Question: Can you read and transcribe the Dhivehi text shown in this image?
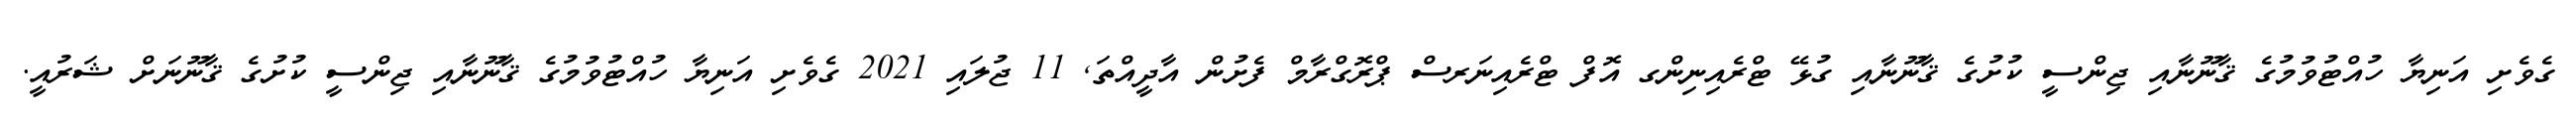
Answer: ގެވެށި އަނިޔާ ހުއްޓުވުމުގެ ޤާނޫނާއި ޖިންސީ ކުށުގެ ޤާނޫނާއި ގުޅޭ ޓްރެއިނިންގ އޮފް ޓްރެއިނަރސް ޕްރޮގްރާމް ފެށުން އާދީއްތަ, 11 ޖުލައި 2021 ގެވެށި އަނިޔާ ހުއްޓުވުމުގެ ޤާނޫނާއި ޖިންސީ ކުށުގެ ޤާނޫނަށް ޝަރުއީ.